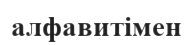
алфавитімен